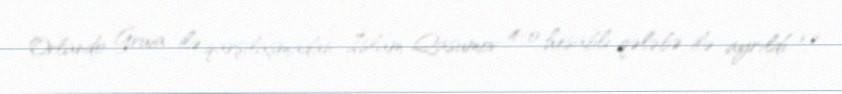
Orlando Gruia ilə qarşılaşmadan İslam Qasumov 4-0 hesablı qələbə ilə ayrıldı və